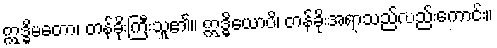
ဣဒ္ဓိမတော၊ တန်ခိုးကြီးသူ၏။ ဣဒ္ဓိယောပိ၊ တန်ခိုးအရာသည်လည်းကောင်း။